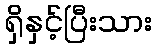
ရှိနှင့်ပြီးသား